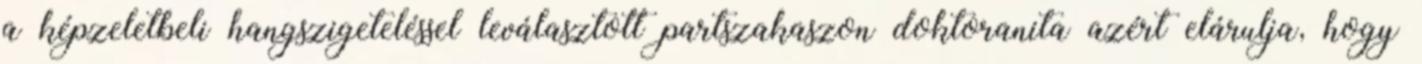
a képzeletbeli hangszigeteléssel leválasztott partszakaszon doktoranita azért elárulja, hogy